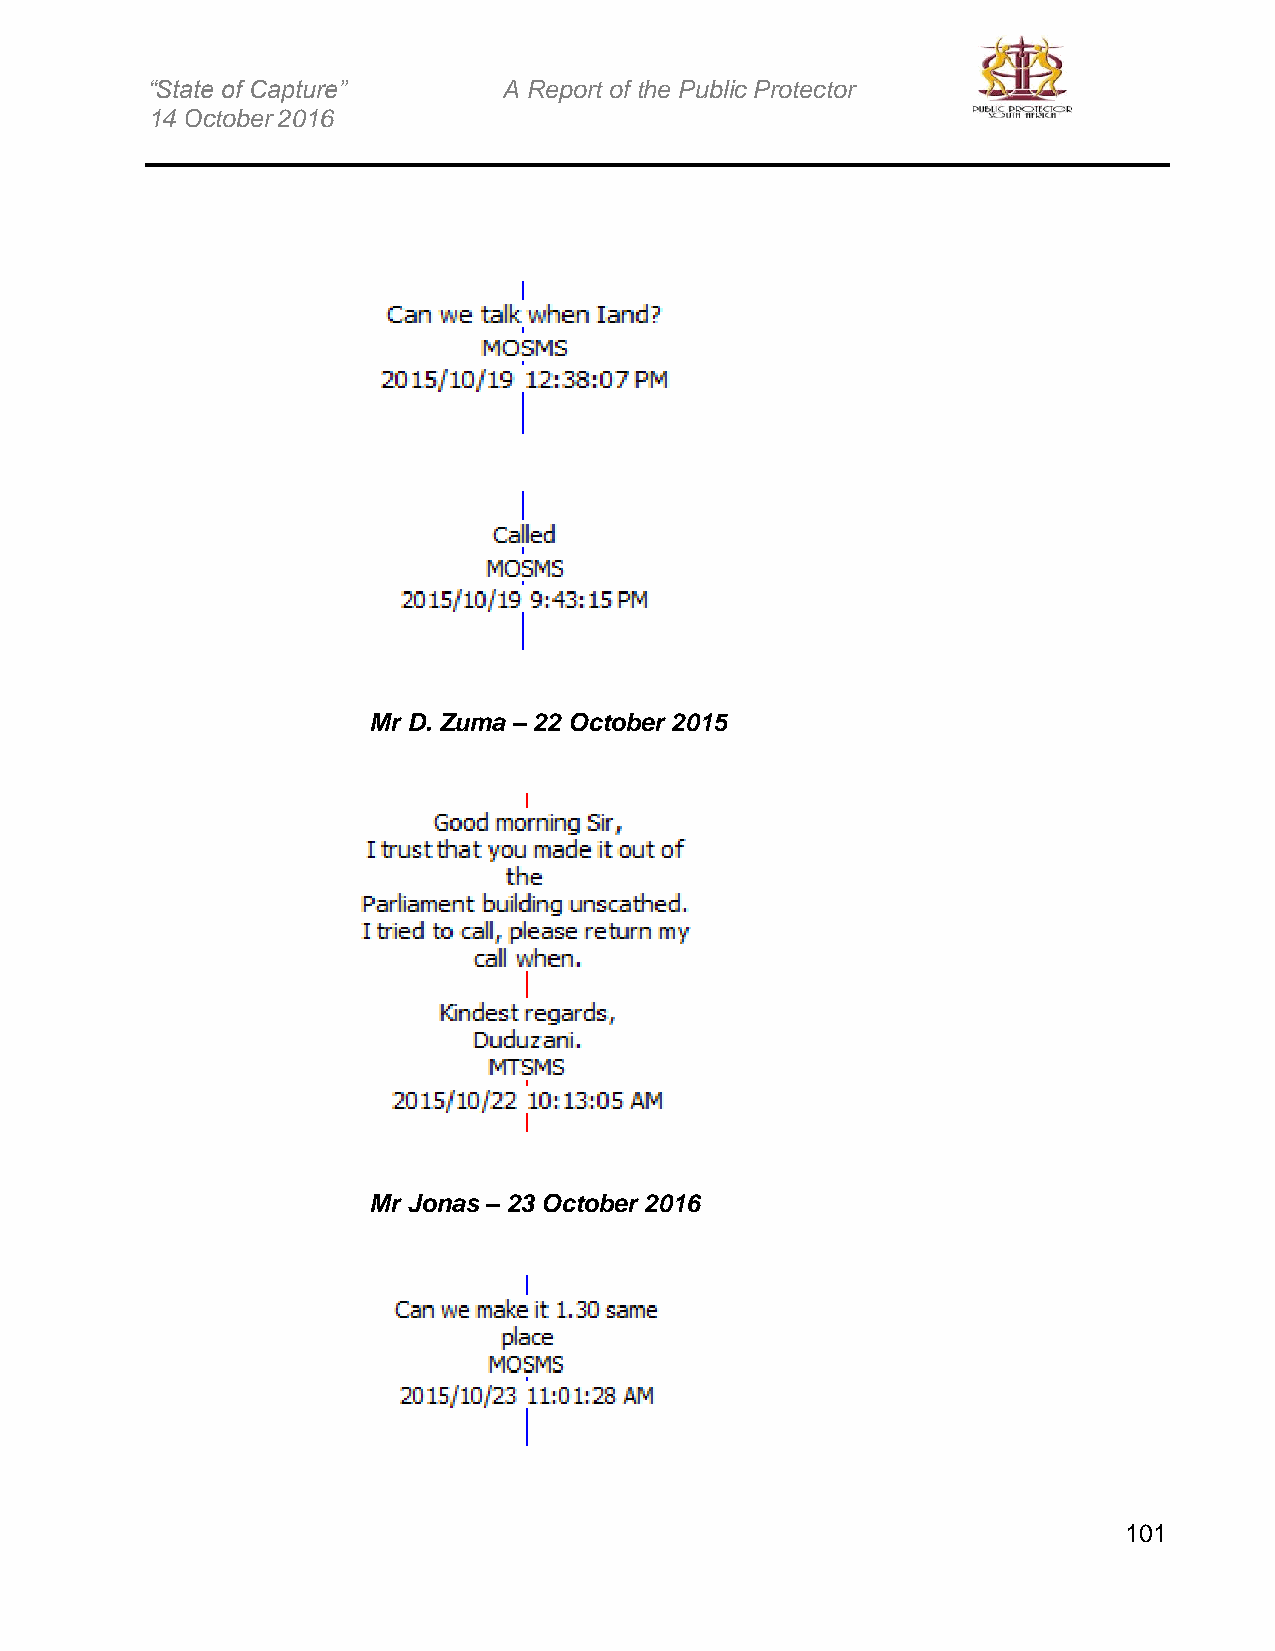
“State of Capture”     A Report of the Public Protector
 14 October 2016
 Mr D. Zuma – 22 October 2015
 Mr Jonas – 23 October 2016
 101